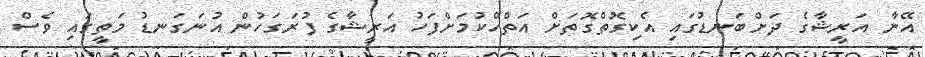
އޭނާ އަރީޝާގެ ދަށްބަނޑުގައި އެކިގޮތްގޮތަށް އަތްހޭކުމަށްފަހު އަރީޝާގެ ފުރަގަހުން އުނަގަނޑު މަތީގައި ވެސް